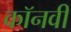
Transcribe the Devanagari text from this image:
कॉनवी